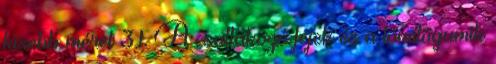
kisebb méret 3.1. A csatlakozó fejek és a tömítõgumik